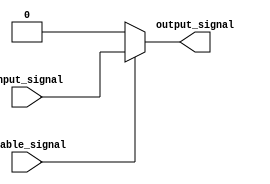
module buffer_with_enable (
    input input_signal,
    input enable_signal,
    output reg output_signal
);

always @ (input_signal, enable_signal)
begin
    if (enable_signal == 1'b1)
        output_signal = input_signal;
    else
        output_signal = 1'b0;
end

endmodule